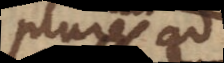
plures ad